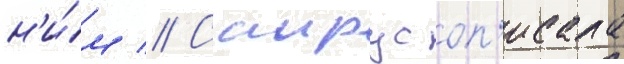
н'и́м // Саирус оп'исала